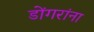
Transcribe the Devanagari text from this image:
डोंगरांना